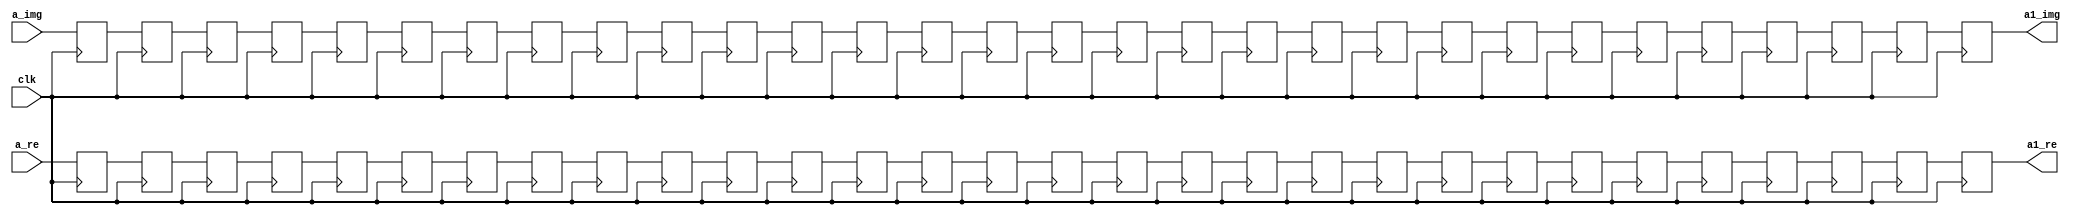
`timescale 1ns / 1ps
//////////////////////////////////////////////////////////////////////////////////
// Company: 
// Engineer: 
// 
// Design Name: 
// Module Name:    buf_30 
// Project Name: 
// Target Devices: 
// Tool versions: 
// Description: 
//
// Dependencies: 
//
// Revision: 
// Revision 0.01 - File Created
// Additional Comments: 
//
//////////////////////////////////////////////////////////////////////////////////
module buf_30(
    input [31:0] a_re,
    input [31:0] a_img,
    input clk,
    output reg [31:0] a1_re,
    output reg [31:0] a1_img
    );

reg [31:0] n0 [0:28];
reg [31:0] n1 [0:28];
always @(posedge clk) begin
n0[0]<=a_re;
n0[1]<=n0[0];
n0[2]<=n0[1];
n0[3]<=n0[2];
n0[4]<=n0[3];
n0[5]<=n0[4];
n0[6]<=n0[5];
n0[7]<=n0[6];
n0[8]<=n0[7];
n0[9]<=n0[8];
n0[10]<=n0[9];
n0[11]<=n0[10];
n0[12]<=n0[11];
n0[13]<=n0[12];
n0[14]<=n0[13];
n0[15]<=n0[14];
n0[16]<=n0[15];
n0[17]<=n0[16];
n0[18]<=n0[17];
n0[19]<=n0[18];
n0[20]<=n0[19];
n0[21]<=n0[20];
n0[22]<=n0[21];
n0[23]<=n0[22];
n0[24]<=n0[23];
n0[25]<=n0[24];
n0[26]<=n0[25];
n0[27]<=n0[26];
n0[28]<=n0[27];
a1_re<=n0[28];

n1[0]<=a_img;
n1[1]<=n1[0];
n1[2]<=n1[1];
n1[3]<=n1[2];
n1[4]<=n1[3];
n1[5]<=n1[4];
n1[6]<=n1[5];
n1[7]<=n1[6];
n1[8]<=n1[7];
n1[9]<=n1[8];
n1[10]<=n1[9];
n1[11]<=n1[10];
n1[12]<=n1[11];
n1[13]<=n1[12];
n1[14]<=n1[13];
n1[15]<=n1[14];
n1[16]<=n1[15];
n1[17]<=n1[16];
n1[18]<=n1[17];
n1[19]<=n1[18];
n1[20]<=n1[19];
n1[21]<=n1[20];
n1[22]<=n1[21];
n1[23]<=n1[22];
n1[24]<=n1[23];
n1[25]<=n1[24];
n1[26]<=n1[25];
n1[27]<=n1[26];
n1[28]<=n1[27];
a1_img<=n1[28];
end

endmodule